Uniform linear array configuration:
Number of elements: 32
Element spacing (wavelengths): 0.25
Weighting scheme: hamming
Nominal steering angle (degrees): -45
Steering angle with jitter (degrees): -44.478
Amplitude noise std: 0.05
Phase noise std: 0.05

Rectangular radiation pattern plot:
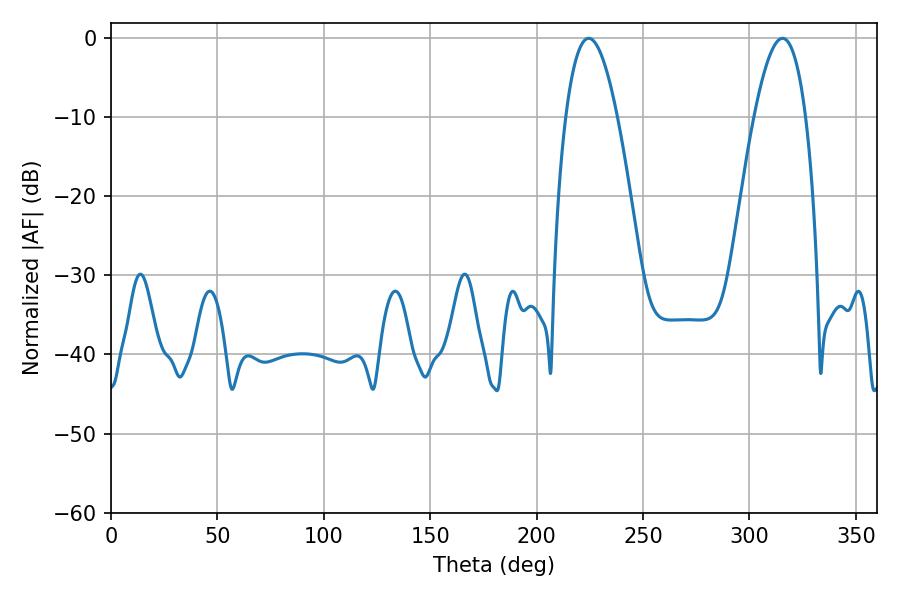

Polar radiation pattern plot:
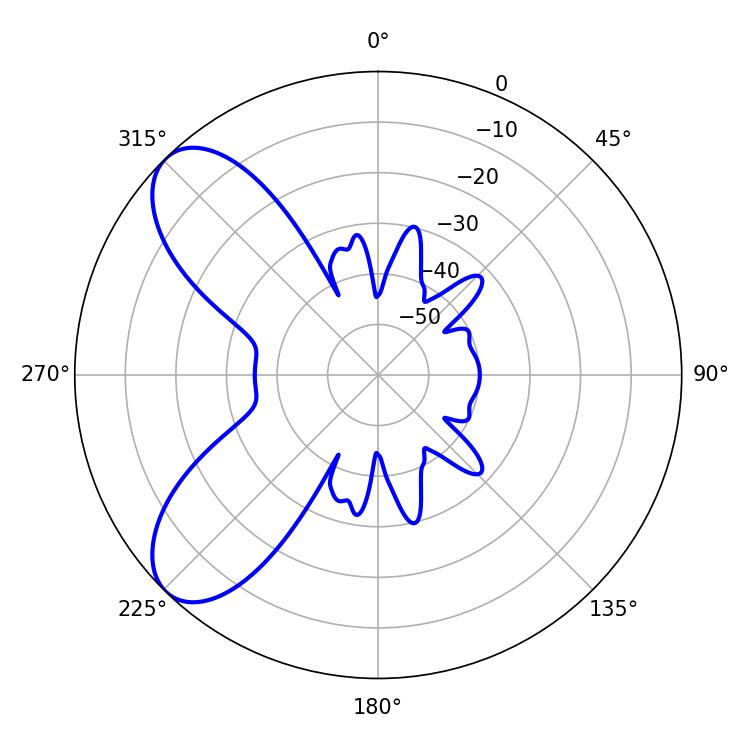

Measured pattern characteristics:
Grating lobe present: FALSE
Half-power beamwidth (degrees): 13.32
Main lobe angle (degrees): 224.46